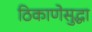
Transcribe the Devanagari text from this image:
ठिकाणेसुद्धा